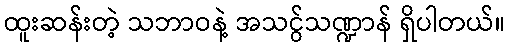
ထူးဆန်းတဲ့ သဘာဝနဲ့ အသငွ်သဏ္ဍာန် ရှိပါတယ်။